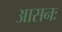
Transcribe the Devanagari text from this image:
आसनः